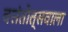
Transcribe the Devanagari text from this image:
वसंतोत्सवाला